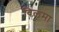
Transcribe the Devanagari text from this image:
विलमा